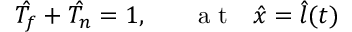
\hat { T _ { f } } + \hat { T _ { n } } = 1 , ~ ~ ~ ~ ~ \mathrm { ~ a ~ t ~ } ~ ~ \hat { x } = \hat { l } ( t )